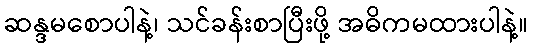
ဆန္ဒမစောပါနဲ့၊ သင်ခန်းစာပြီးဖို့ အဓိကမထားပါနဲ့။